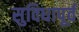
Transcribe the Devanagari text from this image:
सुविधापूर्व